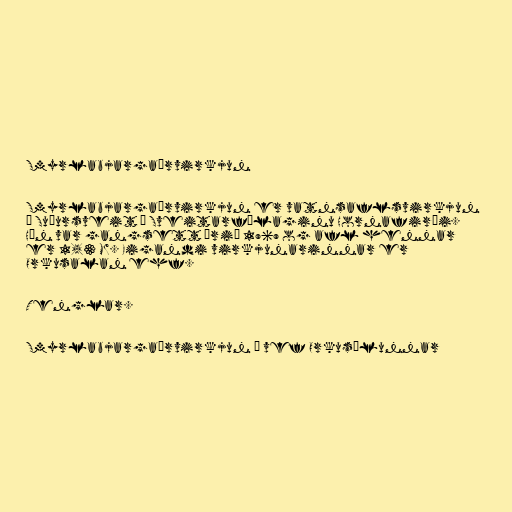
Smyrlabjargaárvirkjun

Smyrlabjargaárvirkjun er vatnsaflsvirkjun
í Suðursveit í Sveitarfélaginu Hornafirði.
Hún var gangsett árið 1969 og afl hennar
er 1,3 MW. Eigandi virkjunarinnar er
Orkusalan ehf.

Tenglar.

Smyrlabjargaárvirkjun á vef Orkusölunnar